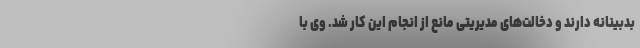
بدبینانه دارند و دخالت‌های مدیریتی مانع از انجام این کار شد. وی با